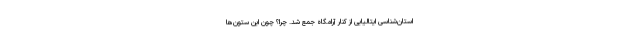
استان‌شناسی ایتالیایی از کنار آرامگاه جمع شد. چرا؟ چون این ستون‌ها